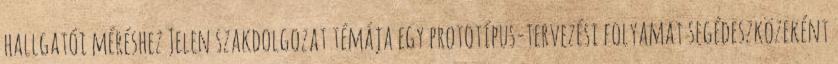
hallgatói méréshez Jelen szakdolgozat témája egy prototípus-tervezési folyamat segédeszközeként